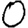
Digit: 0